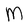
Character: M